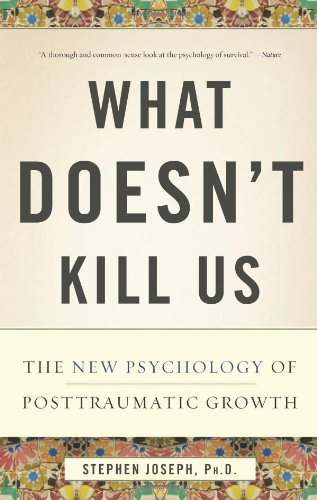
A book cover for What Doesn't Kill Us: The New Psychology of Posttraumatic Growth; Stephen Joseph Ph.D.; Self-Help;